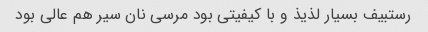
رستبیف بسیار لذیذ و با کیفیتی بود مرسی نان سیر هم عالی بود